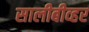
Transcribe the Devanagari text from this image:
सालीबीव्हर